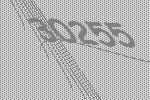
30255